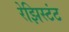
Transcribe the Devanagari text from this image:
रेझिस्टंट